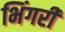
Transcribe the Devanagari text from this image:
भिंगरी